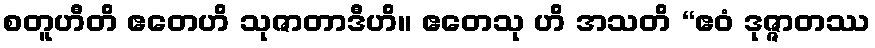
စတူဟီတိ ဧတေဟိ သုဇာတာဒီဟိ။ ဧတေသု ဟိ အသတိ “ဧဝံ ဒုဇ္ဇာတဿ